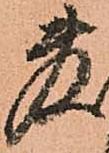
敷